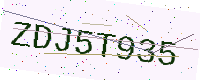
Text: ZDJ5T935